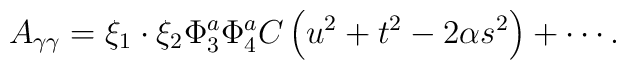
A_{\gamma\gamma}  = \xi_1 \cdot \xi_2 \Phi_3^a  \Phi_4^a   C \left(u^2+t^2 -2\alpha s^2\right) +\cdots.